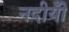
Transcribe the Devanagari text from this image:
नदीयोँ